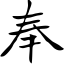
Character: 奉